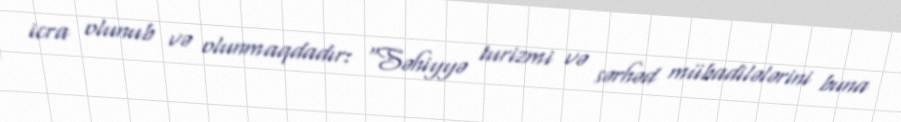
icra olunub və olunmaqdadır: “Səhiyyə turizmi və sərhəd mübadilələrini buna